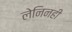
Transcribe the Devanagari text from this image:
लेनिनही